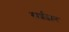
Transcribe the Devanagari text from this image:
स्‍पर्शज्ञान